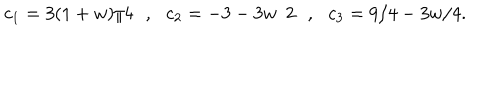
LaTeX: c _ { 1 } = 3 ( 1 + w ) / 4 \: \: \: , \: \: \: c _ { 2 } = - 3 - 3 w / 2 \: \: \: , \: \: \: c _ { 3 } = 9 / 4 - 3 w / 4 .